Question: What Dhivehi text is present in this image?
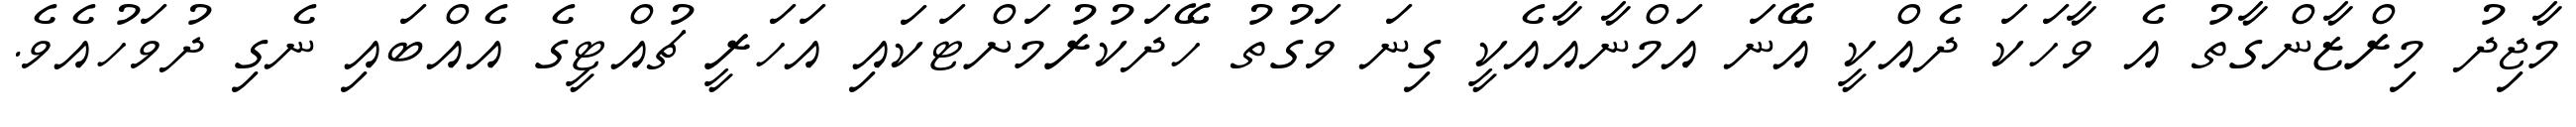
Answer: މާޖިދު މިރްޒާންގާތު އެ ވާހަކަ ދެއްކީ އޭނަ އަމްނާއާއެކީ ގިނަ ވަގުތު ހޭދަކުރުމަށްޓަކައި އަހަރީ ޗުއްޓީގެ އެއްބައި ނެގި ދުވަހުއެވެ.